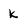
Character: k